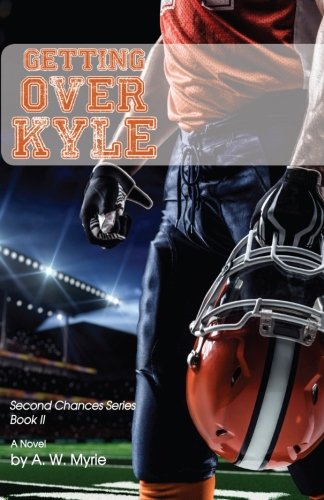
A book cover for Getting Over Kyle: Second Chances Series Book II (Volume 2); A. W. Myrie; Literature & Fiction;